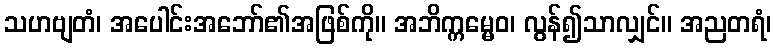
သဟဗျတံ၊ အပေါင်းအဘော်၏အဖြစ်ကို။ အဘိက္ကမ္မေဝ၊ လွန်၍သာလျှင်။ အညတရံ၊